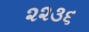
૨૨૩૬